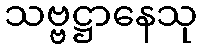
သဗ္ဗဋ္ဌာနေသု